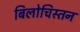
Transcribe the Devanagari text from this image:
बिलोचिस्तन